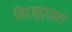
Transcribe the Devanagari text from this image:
विदयुद्धारा